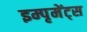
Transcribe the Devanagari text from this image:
इम्पृमेंट्स